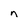
Character: n